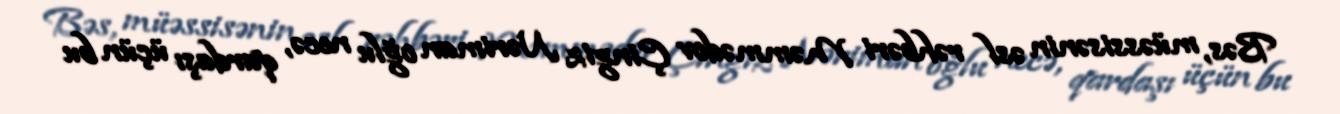
Bəs, müəssisənin əsl rəhbəri Məmmədov Çingiz Nəriman oğlu necə, qardaşı üçün bu